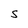
Character: S